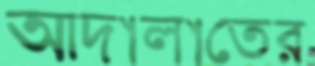
আদালাতের